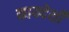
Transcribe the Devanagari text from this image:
कायदेशी